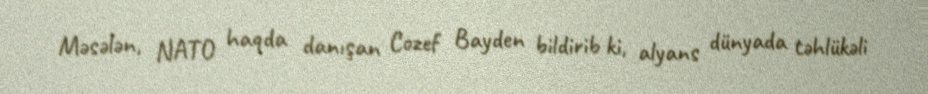
Məsələn, NATO haqda danışan Cozef Bayden bildirib ki, alyans dünyada təhlükəli